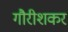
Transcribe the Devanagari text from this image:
गौरीशकर